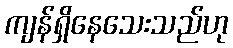
ကျန်ရှိနေသေးသည်ဟု